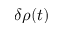
\delta \rho ( t )